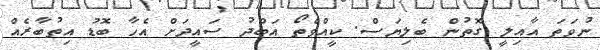
ނުވަތަ އާއިލީ ގޮތުން ބެލިޔަސް. ކީއްވެތޯ އަބްދު ސައީދަށް އެހާ ބޮޑު އިތުބާރެއް